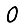
Digit: 0